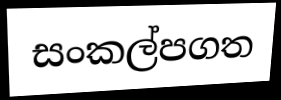
සංකල්පගත